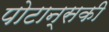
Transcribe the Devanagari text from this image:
पोटान्सकी